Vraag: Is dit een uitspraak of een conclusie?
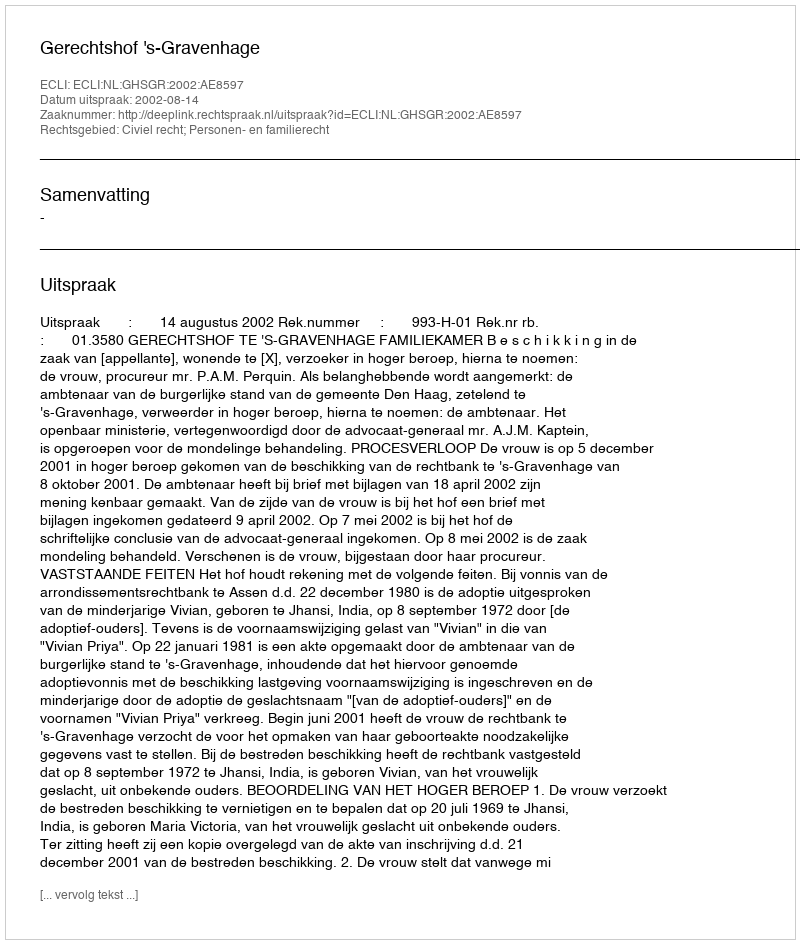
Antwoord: Uitspraak